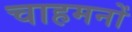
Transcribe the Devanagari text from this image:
चाहमनों